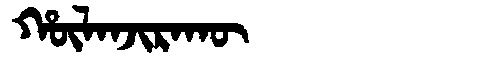
Manchu: ᡥᡡᠯᠠᠨᠵᡳᡵᠠᡴᡡ
Romanization: HŪLANJIRAKŪ